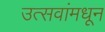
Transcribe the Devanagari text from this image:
उत्सवांमधून